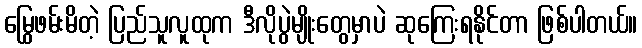
မြွေဖမ်းမိတဲ့ ပြည်သူလူထုက ဒီလိုပွဲမျိုးတွေမှာပဲ ဆုကြေးရနိုင်တာ ဖြစ်ပါတယ်။